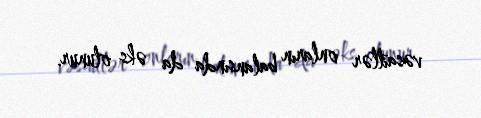
vəsaitlər onların balansında da əks olunur.